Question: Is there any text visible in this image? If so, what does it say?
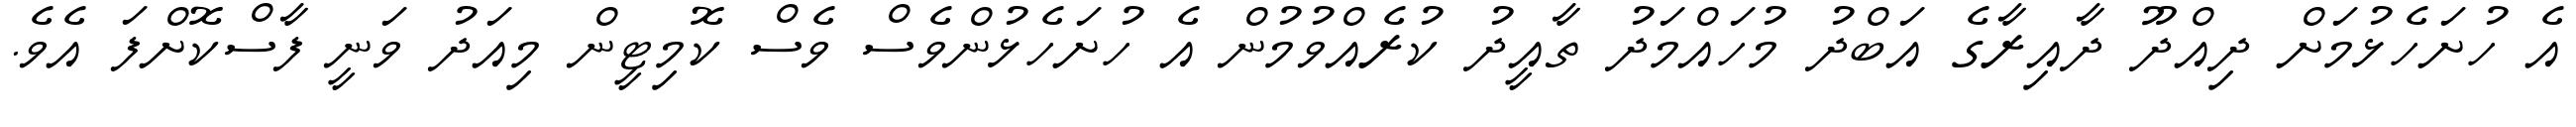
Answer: އެ ހުށަހެޅުމަށް ދިއްދޫ ދާއިރާގެ އަބްދު މުހައްމަދު ތާއީދު ކުރެއްވުމުން އެ ހުށަހެޅުންވެސް ވެސް ކޮމިޓީން މިއަދު ވަނީ ފާސްކޮށްފަ އެވެ.